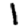
Digit: 1